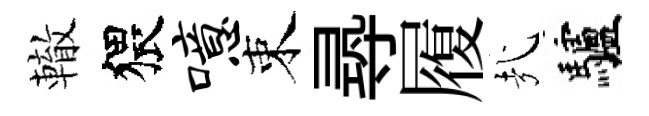
轍猥噫束𡬶履㢤驢